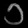
Digit: ၁